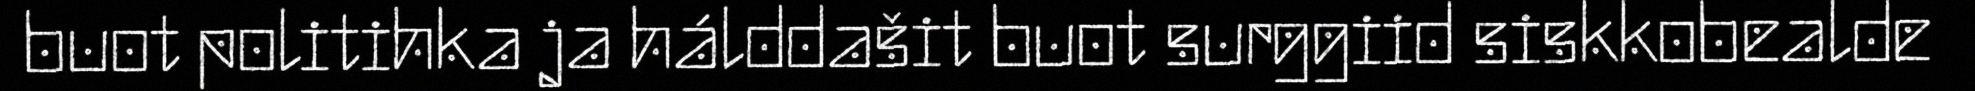
buot politihka ja hálddašit buot surggiid siskkobealde